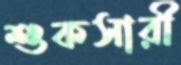
শুকসারী